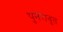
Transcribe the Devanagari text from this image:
पुनरावृ्त